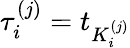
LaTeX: \tau_{i}^{(j)}=t_{K_{i}^{(j)}}